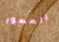
المصور